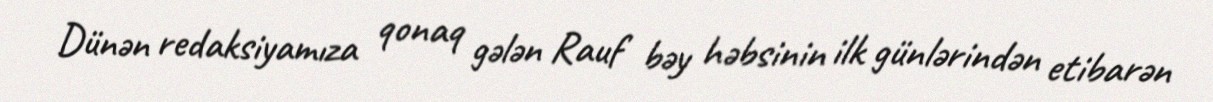
Dünən redaksiyamıza qonaq gələn Rauf bəy həbsinin ilk günlərindən etibarən